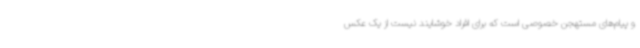
و پیام‌های مستهجن خصوصی است که برای افراد خوشایند نیست از یک عکس